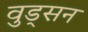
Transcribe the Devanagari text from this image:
वुड्सन